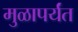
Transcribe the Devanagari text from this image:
मुळापर्यंत